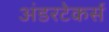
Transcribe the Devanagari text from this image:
अंडरटेकर्स